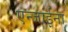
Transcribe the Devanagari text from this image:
एन्जाईना